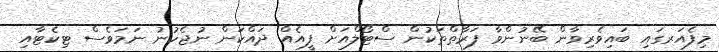
މިފެއަރގައި ބައިވެރިވާން ބޭނުންވާ ފަރާތްތަކުން ސްޓޯލްއަށް ފީއެއް ދައްކަން ނުޖެހުނު ނަމަވެސް ޓިކެޓާއި